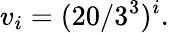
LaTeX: v_{i}=(20/3^{3})^{i}.